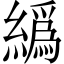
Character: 𦅂